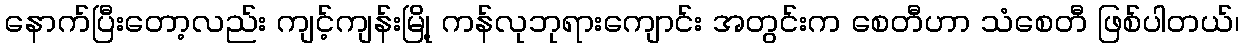
နောက်ပြီးတော့လည်း ကျင့်ကျန်းမြို့ ကန်လုဘုရားကျောင်း အတွင်းက စေတီဟာ သံစေတီ ဖြစ်ပါတယ်၊